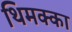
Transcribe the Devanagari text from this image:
थिमक्का